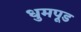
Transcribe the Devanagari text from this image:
धुमपूड